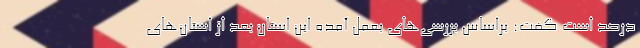
درصد است گفت: براساس بررسی‌های بعمل آمده این استان بعد از استان‌های